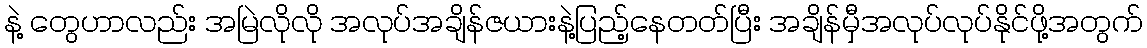
နဲ့ တွေဟာလည်း အမြဲလိုလို အလုပ်အချိန်ဇယားနဲ့ပြည့်နေတတ်ပြီး အချိန်မှီအလုပ်လုပ်နိုင်ဖို့အတွက်